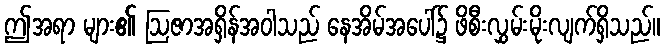
ဤအရာ များ၏ ဩဇာအရှိန်အဝါသည် နေအိမ်အပေါ်၌ ဖိစီးလွှမ်းမိုးလျက်ရှိသည်။